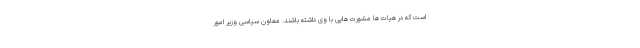
است که در هیات ها مشورت هایی با وی داشته باشند. معاون سیاسی وزیر امور